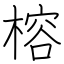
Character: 榕